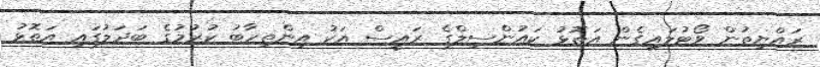
ރައްޔިތުން ވޯޓުލައިގެން އަތޮޅު ކައުންސިލްގެ ރައީސް އަކު އިންތިހާބު ކުރުމުގެ ބަދަލުގައި އަތޮޅު